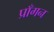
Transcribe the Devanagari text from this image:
प्राँगन